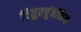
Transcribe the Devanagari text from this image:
विद्युतचुंबकिय